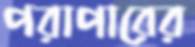
পরাপারের